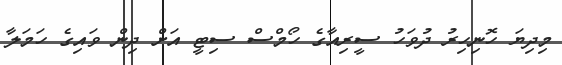
މިދިޔަ ހޮނިހިރު ދުވަހު ސީރިއާގެ ހޯމްސް ސިޓީ އަށް ދިން ވައިގެ ހަމަލާ